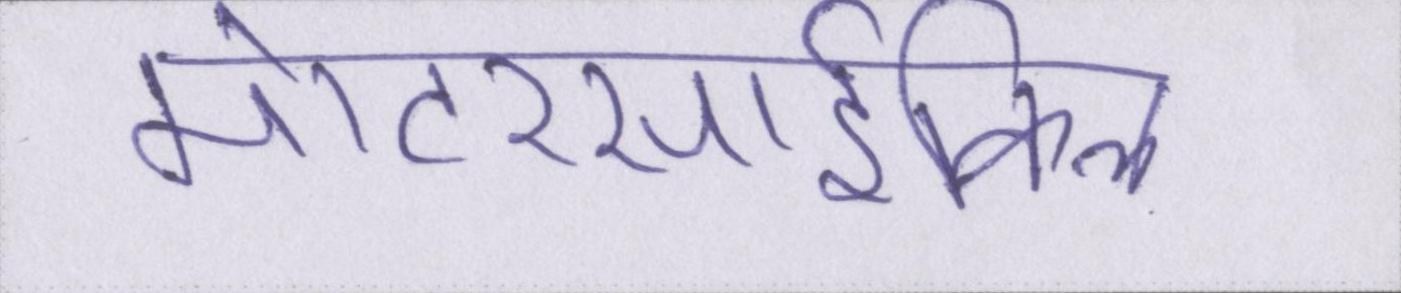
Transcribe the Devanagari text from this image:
मोटरसार्इकिल